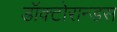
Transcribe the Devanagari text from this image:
डॉक्टोरान्डस